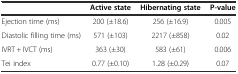
|  | Active state | Hibernating state | P-value |
 | --- | --- | --- | --- |
 | Ejection time (ms) | 200 (±18.6) | 256 (±16.9) | 0.005 |
 | Diastolic filling time (ms) | 571 (±103) | 2217 (±858) | 0.02 |
 | IVRT + IVCT (ms) | 363 (±30) | 583 (±61) | 0.006 |
 | Tei index | 0.77 (±0.10) | 1.28 (±0.29) | 0.07 |